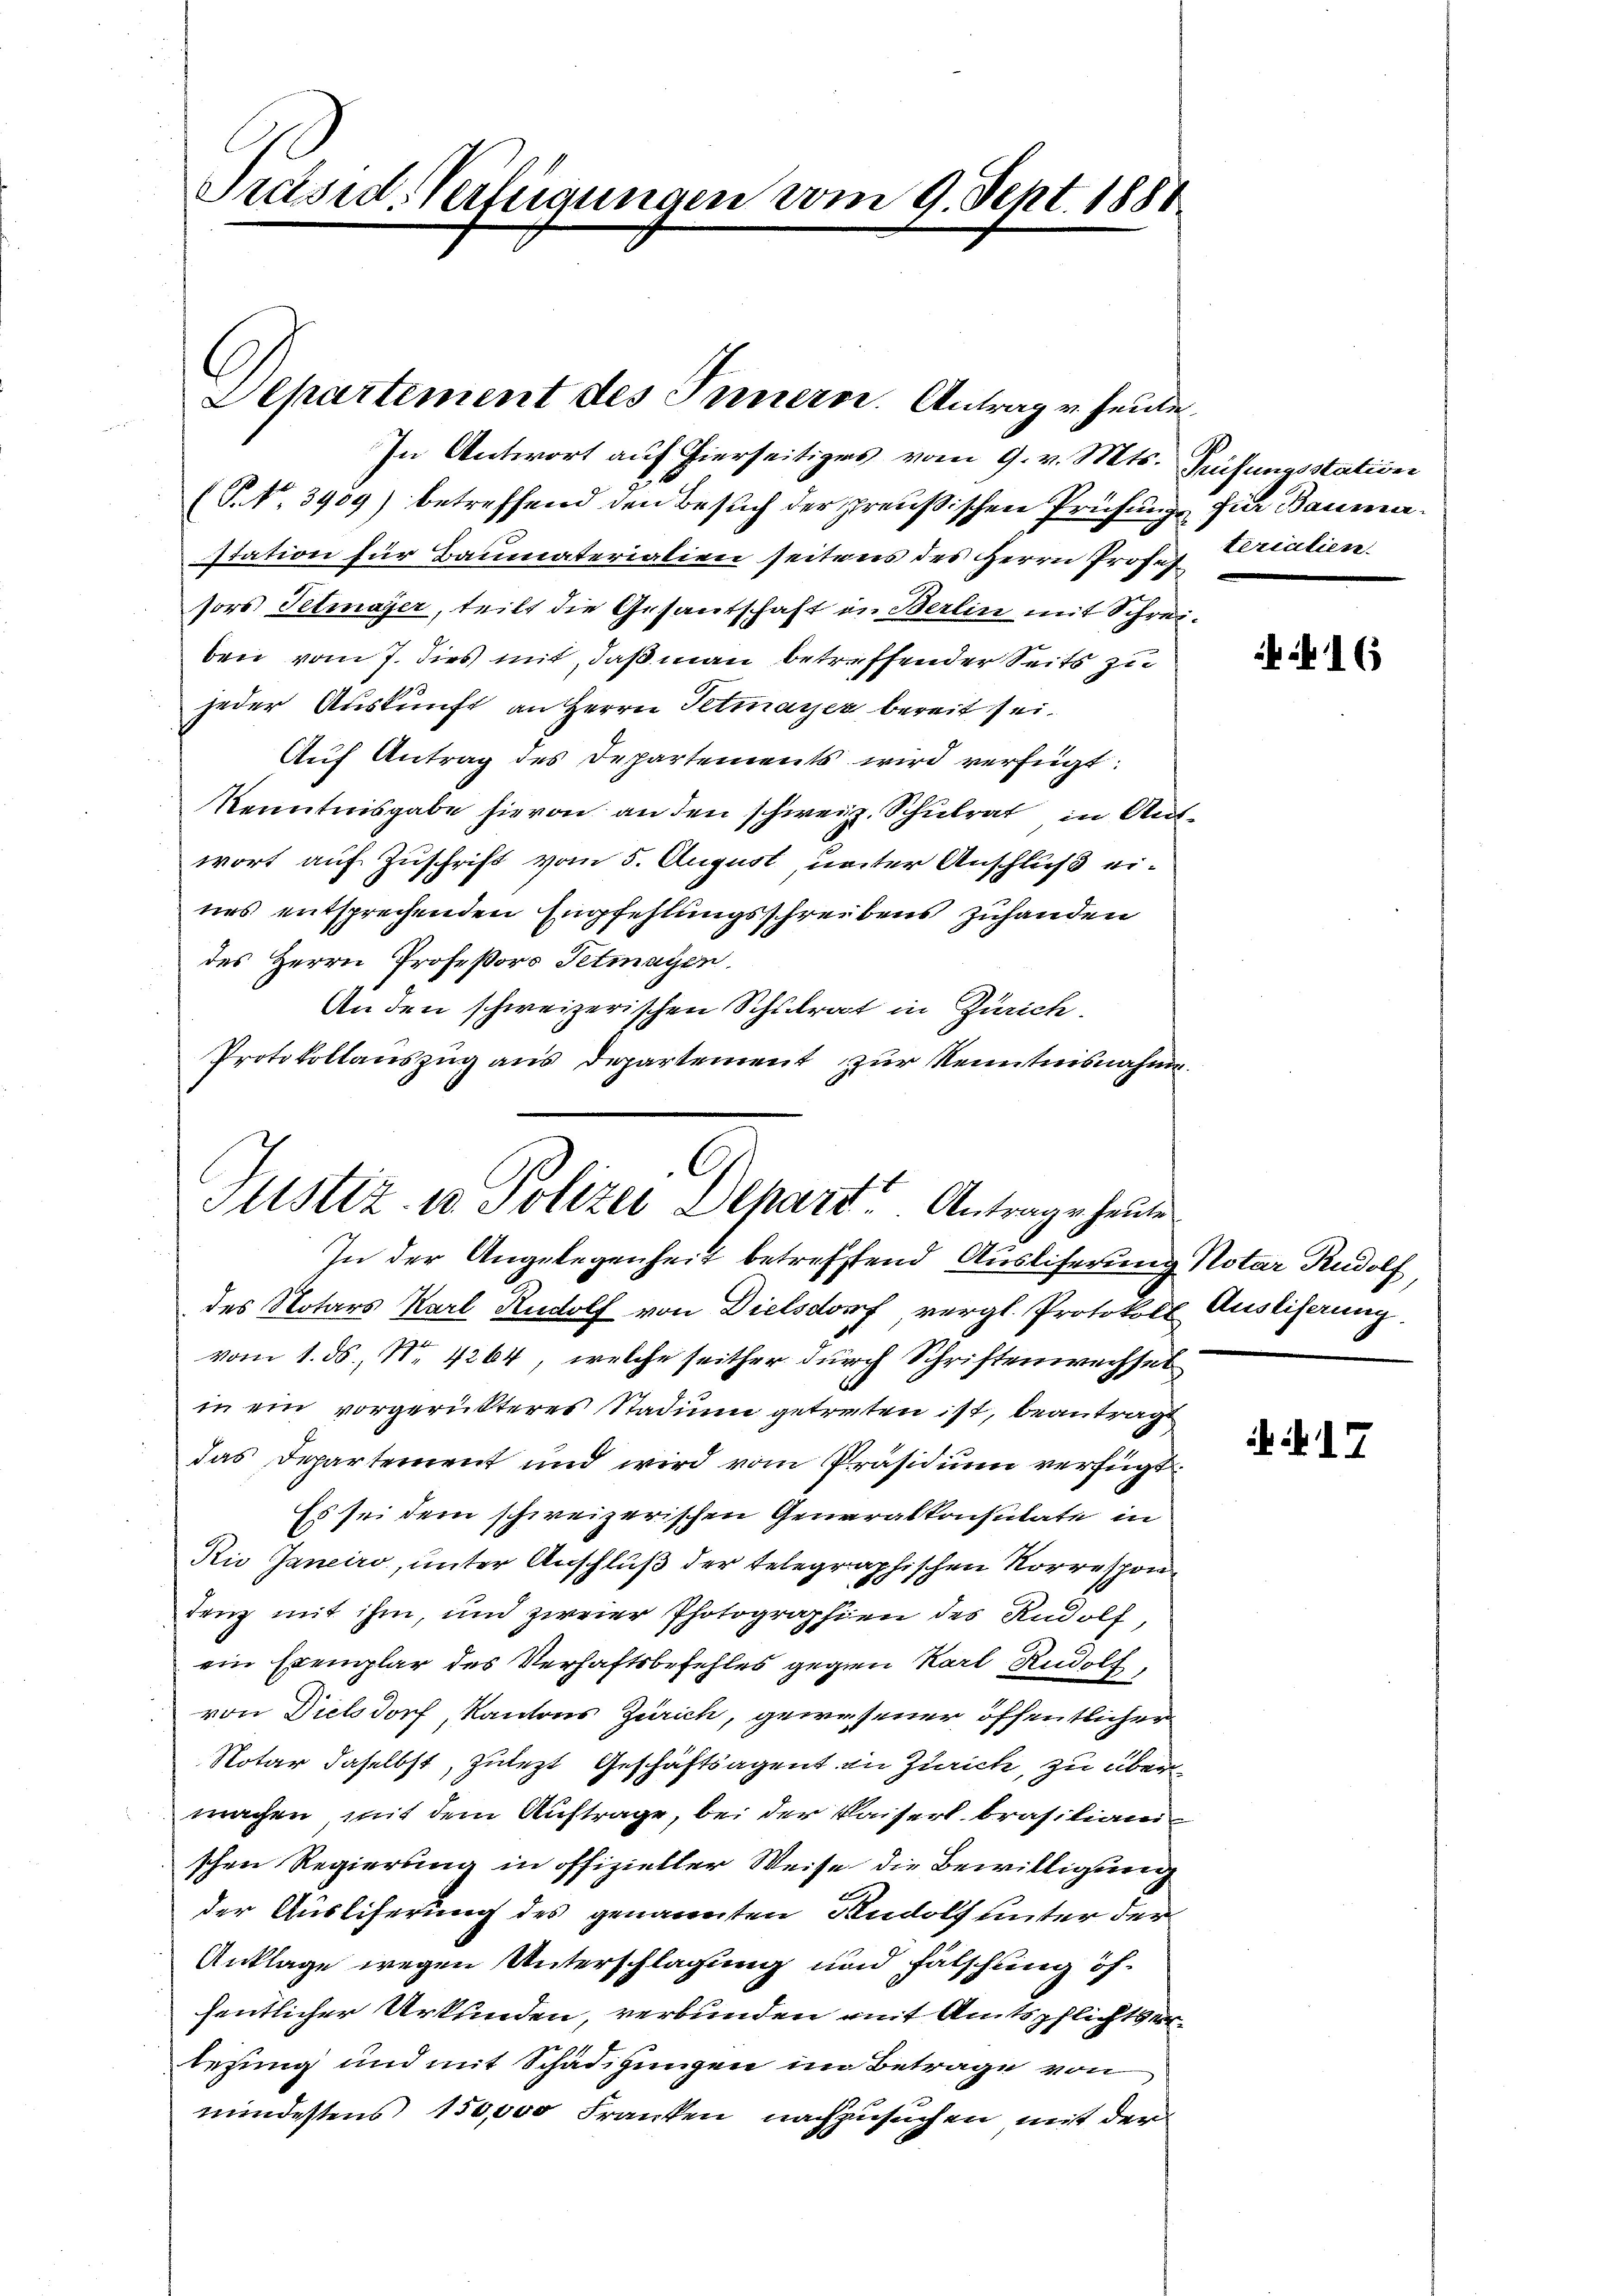
Präsid-Verfügungen vom 9. Sept. 1881

In Antwort auf hierseitiges vom 9. v. Mts. Prüfungsstation
(P. Nr. 3909) betreffend den Besuch der preußischen Prüfung für Baumastation für Baumaterialien seitens des Herrn Profes Verialien.
sors Tetmayer, teilt die Gesandschaft in Berlin mit Schrei-
ben vom 7. dies mit, daß man betreffender Seits zu
jeder Auskunft an Herrn Petmayer bereit sei.
Auf Antrag des Departements wird verfügt:
Kenntnisgabe hievon an den schweiz. Schulrat in Auswort auf Zuschrift vom 5. August, unter Anschluß eines entsprechenden Empfehlungsschreibens zuhanden
des Herrn Professors Tetmagen
An den schweizerischen Schulrat in Zürich.
Protokollauszug aus Departement zur Kenntnisnahme.

Separtement des Innern. Antrag v. heute.

G
Justiz- u. Polizei Alhart Antrage heute
In der Angelegenheit betreffend Auslicherung Notar Rudolf

des Notars Karl Rudolf von Dielsdorf vergl. Protokoll Ausliserung.
vom 1. ds., Nr. 4264, welche seither durch Schriftenwechsel
in ein vorgerükteres Stadium getreten ist, beantragt
das Departement und wird vom Präsidium verfügt:
Es sei dem schweizerischen Generalkonsulate in
Rie Janeiro, unter Anschluß der telegraphischen Korrespondenz mit ihm, und zweier Photographien des Rudolf,
ein Exemplar des Verhaftsbefehles gegen Karl Rudolf
von Dielsdorf, Kantons Zürich, gewesener öffentlicher
Notar daselbst, zulezt Geschäftsagent in Zürich, zu übermachen mit dem Auftrage, bei der Kaiserl brasiliane
schen Regierung in offizieller Weise die Bewilligung
der Ausliferung des genannten Rudolf unter der
Anklage wegen Unterschlagung und fälschung öffentlicher Urkunden, verbunden mit Amtspflichtsertezung und mit Schädigungen im Betrage von
mindestens 150,000 Franken nachzusuchen mit der

i 16

i 17